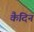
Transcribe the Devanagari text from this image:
कैदिन